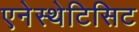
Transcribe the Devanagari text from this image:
एनेस्थेटिसिट